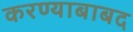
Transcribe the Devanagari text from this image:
करण्याबाबद